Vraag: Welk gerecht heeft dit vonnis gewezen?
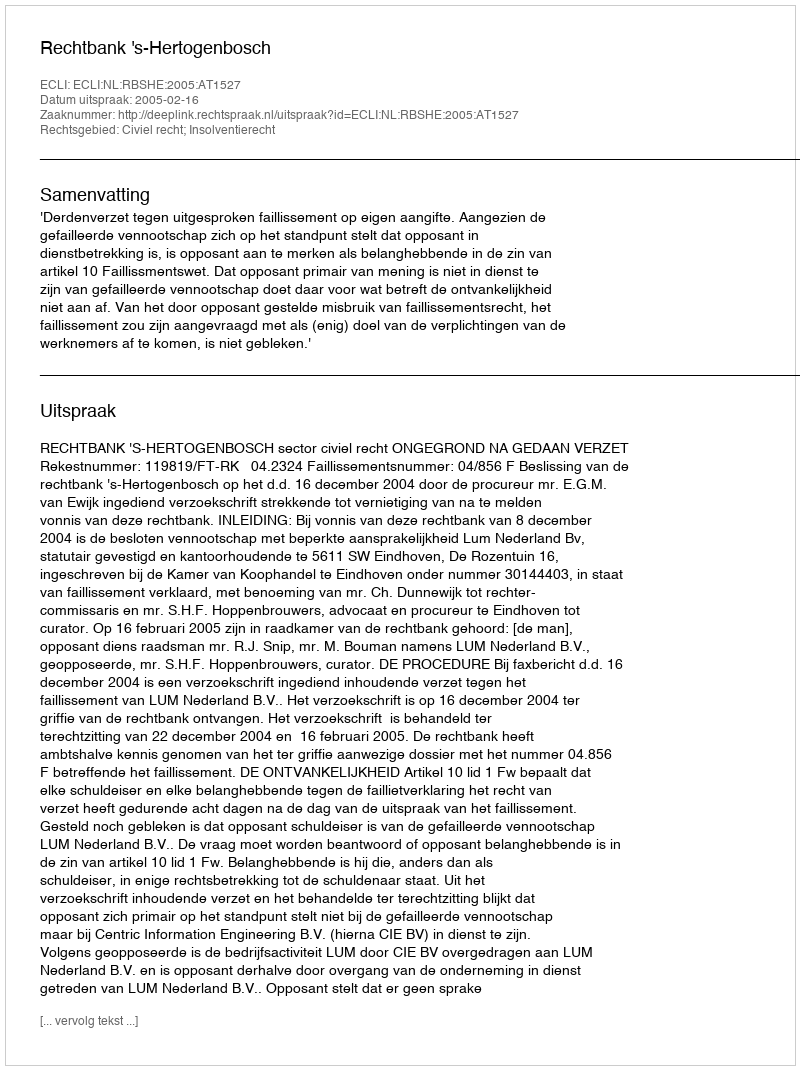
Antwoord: Rechtbank 's-Hertogenbosch